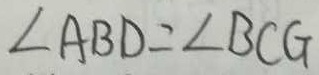
\angle A B D = \angle B C G